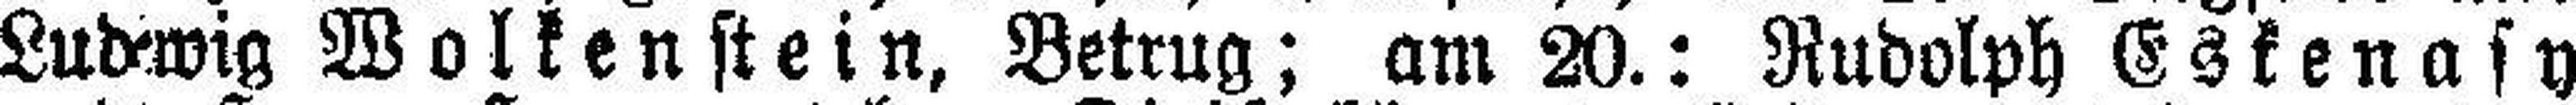
Ludwig Wolkenstein, Betrug; am 20.: Rudolph Eskenasy